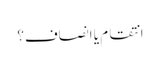
انتقام یا انصاف؟